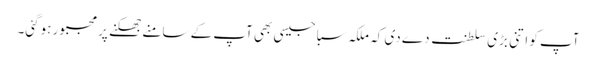
آپ کو اِتنی بڑی سلطنت دے دی کہ ملکہ سبا جیسی بھی آپ کے سامنے جھکنے پر مجبور ہوگئی۔